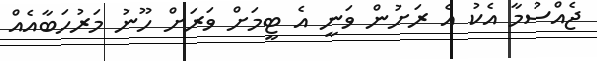
ޖެއްސުމާ އެކު އެ ރަށުން ވަނީ އެ ޓީމަށް ވަރަށް ހޫނު މަރުހަބާއެއް